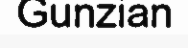
Gunzian